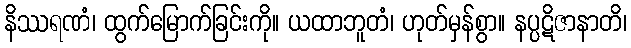
နိဿရဏံ၊ ထွက်မြောက်ခြင်းကို။ ယထာဘူတံ၊ ဟုတ်မှန်စွာ။ နပ္ပဋိဇာနာတိ၊